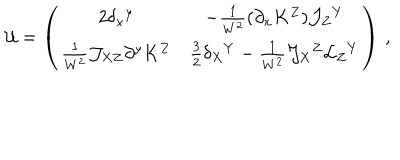
{ \cal U } = \left( \begin{matrix} { { 2 \delta _ { x } { } ^ { y } } } & { { - \frac 1 { W ^ { 2 } } ( \partial _ { x } K ^ { Z } ) { \cal J } _ { Z } { } ^ { Y } } } \\ { { \frac 1 { W ^ { 2 } } { \cal J } _ { X Z } \partial ^ { y } K ^ { Z } } } & { { \frac 3 2 \delta _ { X } { } ^ { Y } - \frac { 1 } { W ^ { 2 } } { \cal J } _ { X } { } ^ { Z } { \cal L } _ { Z } { } ^ { Y } } } \\ \end{matrix} \right) \, ,